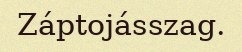
Záptojásszag.